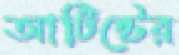
আর্টিস্টের